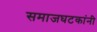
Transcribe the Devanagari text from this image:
समाजघटकांनी